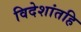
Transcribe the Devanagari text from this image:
विदेशांतहि